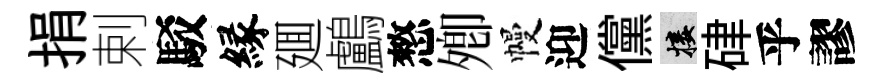
捐剌駁縁廽鸕憗𡖖幔迎儻接硉乎謬